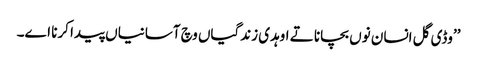
’’وڈی گل انسان نوں بچانا تے اوہدی زندگیاں وچ آسانیاں پیدا کرنا اے۔